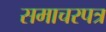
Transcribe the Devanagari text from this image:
समाचरपत्र